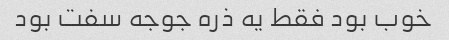
خوب بود فقط یه ذره جوجه سفت بود